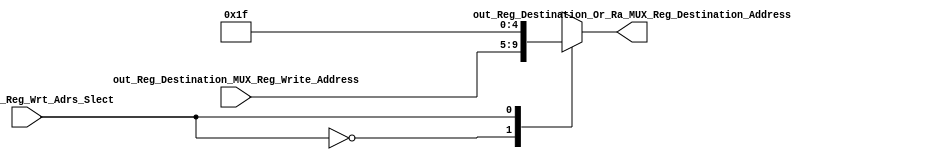
module Reg_Destination_Or_Ra_MUX(

input [4:0]out_Reg_Destination_MUX_Reg_Write_Address,
input out_ID_EXE_Reg_Wrt_Adrs_Slect,
output reg [4:0]out_Reg_Destination_Or_Ra_MUX_Reg_Destination_Address
);

always@(*)begin
case(out_ID_EXE_Reg_Wrt_Adrs_Slect)
0:out_Reg_Destination_Or_Ra_MUX_Reg_Destination_Address=out_Reg_Destination_MUX_Reg_Write_Address;
1:out_Reg_Destination_Or_Ra_MUX_Reg_Destination_Address=31;
endcase
end
endmodule